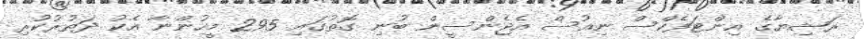
ރަޝިޔާގެ އިންޓަފެކްސް ނިއުސް އެޖެންސީން ބުނި ގޮތުގައި 295 މީހުންނާ އެކު ދަތުރުކުރި